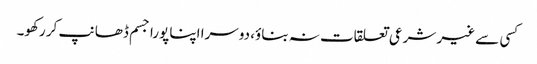
کسی سے غیر شرعی تعلقات نہ بناؤ، دوسرا اپنا پورا جسم ڈھانپ کر رکھو۔